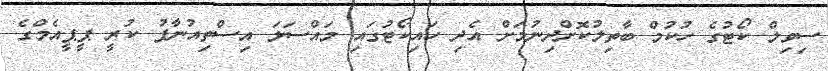
ސިވިލް ކޯޓުގެ ހުކުމް ބާތިލުކޮށްދިނުމަށް އެދި ހައިކޯޓުގައި މަައްސަލަ އިސްތިއުނާފު ކުރީ ޕީޕީއެމްގެ